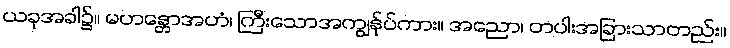
ယခုအခါ၌။ မဟန္တောအဟံ၊ ကြီးသောအကျွန်ုပ်ကား။ အညော၊ တပါးအခြားသာတည်း။